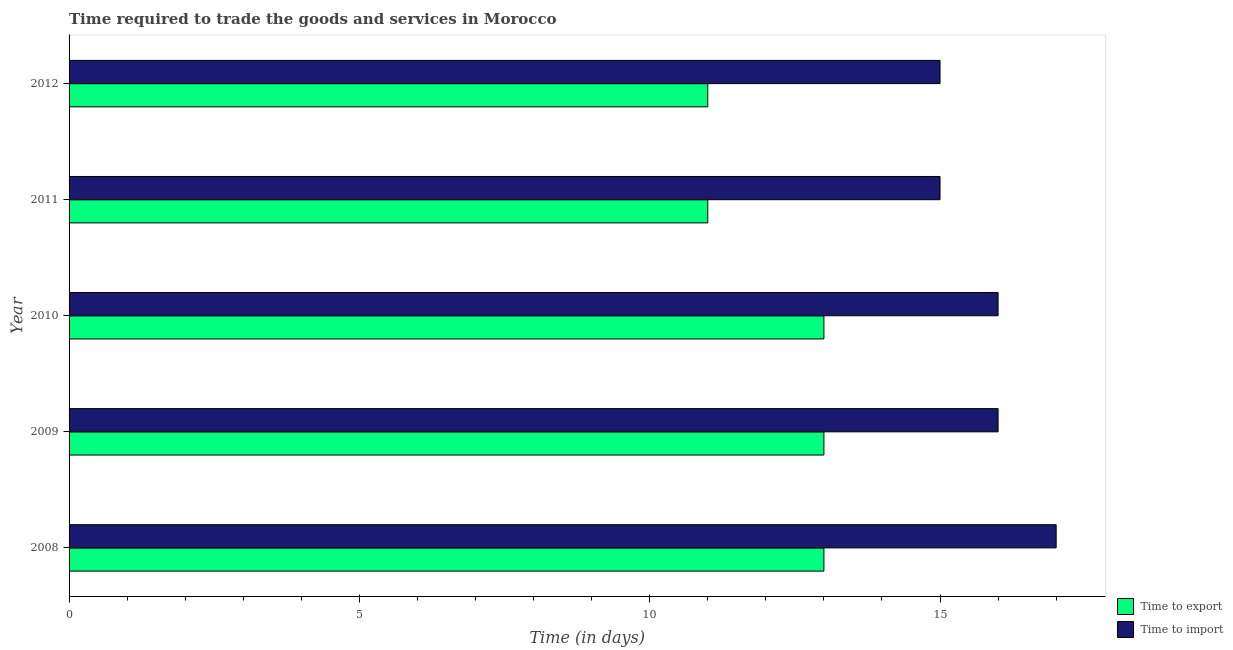
| Year | Time to export | Time to import |
 | --- | --- | --- |
 | 2008 | 13 | 17 |
 | 2009 | 13 | 16 |
 | 2010 | 13 | 16 |
 | 2011 | 11 | 15 |
 | 2012 | 11 | 15 |